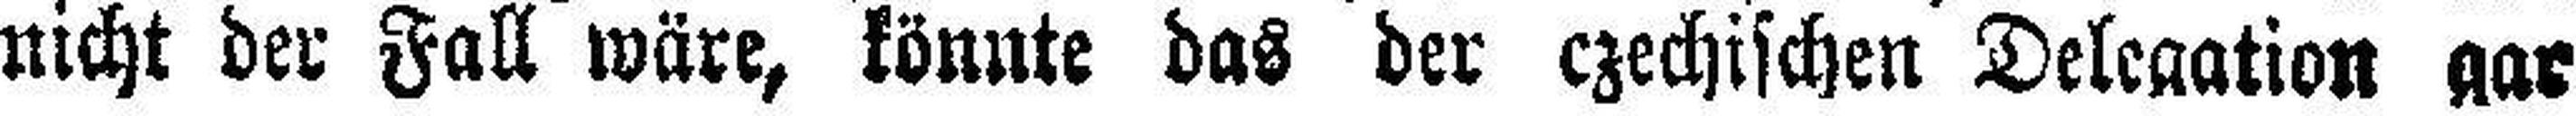
nicht der Fall wäre, könnte das der czechischen Delegation gar